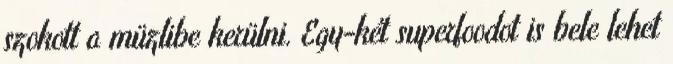
szokott a müzlibe kerülni. Egy-két superfoodot is bele lehet